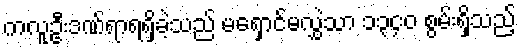
ကလူဦးဒဏ်ရာရရှိခဲ့သည် မရှောင်မလွှဲသာ ၁၃၄၀ စွမ်းရှိသည့်